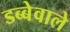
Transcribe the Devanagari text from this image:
डब्बेवाले